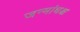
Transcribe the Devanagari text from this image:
जन्मांधश्च